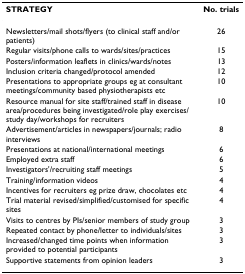
| STRATEGY | No. trials |
 | --- | --- |
 | Newsletters/mail shots/flyers (to clinical staff and/or patients) | 26 |
 | Regular visits/phone calls to wards/sites/practices | 15 |
 | Posters/information leaflets in clinics/wards/notes | 13 |
 | Inclusion criteria changed/protocol amended | 12 |
 | Presentations to appropriate groups eg at consultant meetings/community based physiotherapists etc | 10 |
 | Resource manual for site staff/trained staff in disease area/procedures being investigated/role play exercises/study day/workshops for recruiters | 10 |
 | Advertisement/articles in newspapers/journals; radio interviews | 8 |
 | Presentations at national/international meetings | 6 |
 | Employed extra staff | 6 |
 | Investigators'/recruiting staff meetings | 5 |
 | Training/information videos | 4 |
 | Incentives for recruiters eg prize draw, chocolates etc | 4 |
 | Trial material revised/simplified/customised for specific sites | 4 |
 | Visits to centres by PIs/senior members of study group | 3 |
 | Repeated contact by phone/letter to individuals/sites | 3 |
 | Increased/changed time points when information provided to potential participants | 3 |
 | Supportive statements from opinion leaders | 3 |